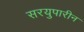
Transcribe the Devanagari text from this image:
सरयुपारीन